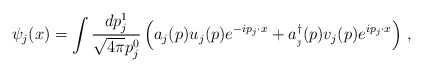
\begin{align*}\psi _{j}(x)=\int \frac{dp_{j}^{1}}{\sqrt{4\pi }p_{j}^{0}}\left(a_{j}(p)u_{j}(p)e^{-ip_{j}\cdot x}+a_{_{\bar{\jmath}}}^{\dagger}(p)v_{j}(p)e^{ip_{j}\cdot x}\right) \,,\qquad \end{align*}